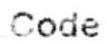
CODE